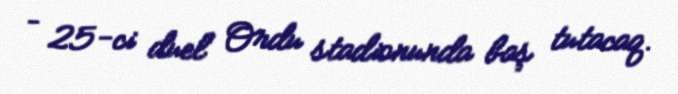
– 25-ci duel Ordu stadionunda baş tutacaq.